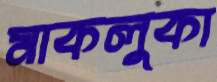
মাকলুকা